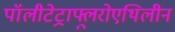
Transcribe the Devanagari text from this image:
पॉलीटेट्राफ्लूरोएथिलीन